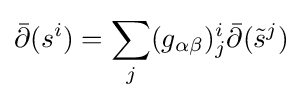
{\bar {\partial }}(s^{i})=\sum _{j}(g_{\alpha \beta })_{j}^{i}{\bar {\partial }}({\tilde {s}}^{j})